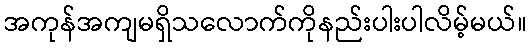
အကုန်အကျမရှိသလောက်ကိုနည်းပါးပါလိမ့်မယ်။